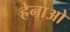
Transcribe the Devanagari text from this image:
हेनाओ